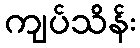
ကျပ်သိန်း